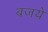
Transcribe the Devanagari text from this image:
बजये